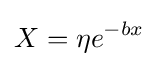
X=\eta e^{-bx}